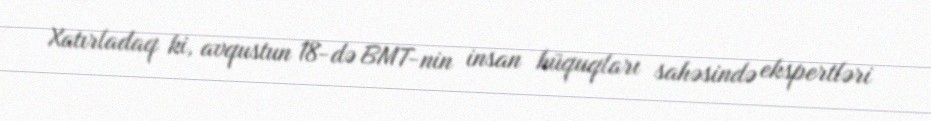
Xatırladaq ki, avqustun 18-də BMT-nin insan hüquqları sahəsində ekspertləri